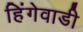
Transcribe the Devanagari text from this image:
हिंगेवाडी